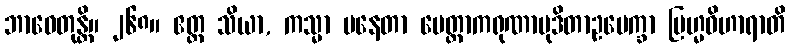
ဘာဝေတုန္တိ။ ၂၆၈။ ဧတ္ထ သိယာ, ကသ္မာ ပနေတာ မေတ္တာကရုဏာမုဒိတာဥပေက္ခာ ဗြဟ္မဝိဟာရာတိ